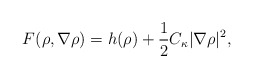
\begin{align*}F(\rho, \nabla\rho ) = h(\rho ) + \frac{1}{2}C_\kappa |\nabla \rho|^2,\end{align*}